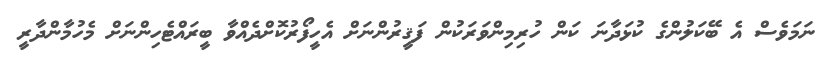
ނަމަވެސް އެ ބޭކަލުންގެ ކުޅަދާނަ ކަން ހުރިމިންވަރަކުން ފަޤީރުންނަށް އެހީފޯރުކޮށްދެއްވާ ބީރައްޓެހިންނަށް މެހުމާންދާރީ